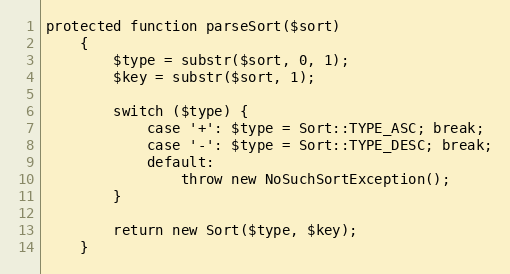
Language: PHP
protected function parseSort($sort)
    {
        $type = substr($sort, 0, 1);
        $key = substr($sort, 1);

        switch ($type) {
            case '+': $type = Sort::TYPE_ASC; break;
            case '-': $type = Sort::TYPE_DESC; break;
            default:
                throw new NoSuchSortException();
        }

        return new Sort($type, $key);
    }